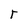
Character: r